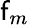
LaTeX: \mathsf{f}_{m}